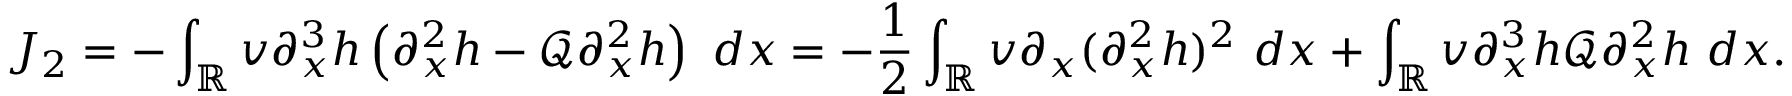
J _ { 2 } = - \int _ { \mathbb R } v \partial _ { x } ^ { 3 } h \left( \partial _ { x } ^ { 2 } h - \mathscr { Q } \partial _ { x } ^ { 2 } h \right) \ d x = - \frac { 1 } { 2 } \int _ { \mathbb R } v \partial _ { x } ( \partial _ { x } ^ { 2 } h ) ^ { 2 } \ d x + \int _ { \mathbb R } v \partial _ { x } ^ { 3 } h \mathscr { Q } \partial _ { x } ^ { 2 } h \ d x .